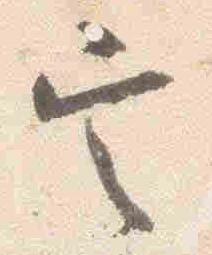
定